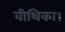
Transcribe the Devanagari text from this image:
वीथिका।